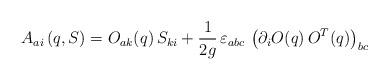
LaTeX: \begin{align*}A_{ai} \left(q, S \right) =O_{ak}(q)\, S_{ki} +\frac{1}{2 g} \,\varepsilon_{abc}\, \left(\partial_i O (q)\, O^T (q) \right)_{bc}\end{align*}